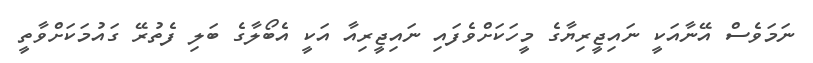
ނަމަވެސް އޭނާއަކީ ނައިޖީރިޔާގެ މީހަކަށްވެފައި ނައިޖީރިއާ އަކީ އެބޯލާގެ ބަލި ފެތުރޭ ގައުމަކަށްވާތީ